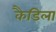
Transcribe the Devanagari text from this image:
कैडिला